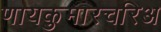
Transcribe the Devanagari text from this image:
णायकुमारचरिअ